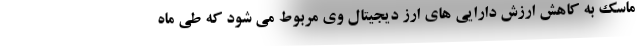
ماسک به کاهش ارزش دارایی های ارز دیجیتال وی مربوط می شود که طی ماه